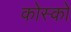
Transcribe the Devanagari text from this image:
कोस्को